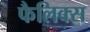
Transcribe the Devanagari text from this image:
फैलिक्स